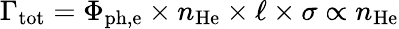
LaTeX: \Gamma_{\mathrm{tot}}=\Phi_{\mathrm{ph,e}}\times n_{\mathrm{He}}\times\ell\times\sigma\propto n_{\mathrm{He}}